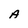
Character: A